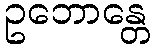
ဥဘောန္တေ